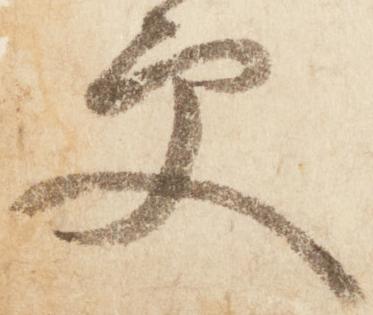
更